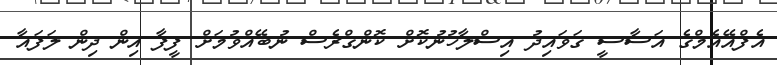
އެފްއޭއެމްގެ އަސާސީ ގަވައިދު އިސްލާހުނުކޮށް ކޮންގްރެސް ނުބޭއްވުމަށް ފީފާ އިން ދިން ލަފައާ